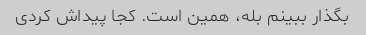
بگذار ببینم بله، همین است. کجا پیداش کردی